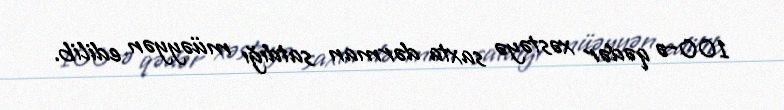
100-ə qədər xəstəyə saxta dərman satdığı müəyyən edilib.